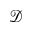
\mathcal { D }